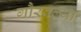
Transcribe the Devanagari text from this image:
गौरवल्या